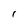
Character: I